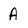
Character: A